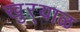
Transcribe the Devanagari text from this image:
खुऱ्‍याळ